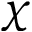
\chi